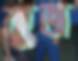
কুজ